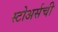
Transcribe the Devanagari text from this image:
स्टोअर्सची